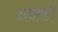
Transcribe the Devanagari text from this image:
वाघाणी